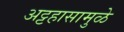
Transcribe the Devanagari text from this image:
अट्टहासामुळे